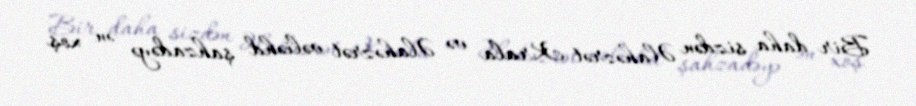
Bir daha sizdən Əlahəzrət Krala və Əlahəzrət vəliəhd şahzadəyə ən xoş